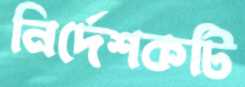
নির্দেশকটি